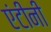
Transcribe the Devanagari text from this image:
एंटीनी